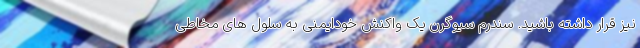
نیز قرار داشته باشید. سندرم سیوگرن یک واکنش خودایمنی به سلول های مخاطی